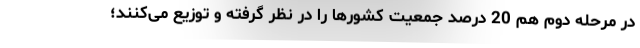
در مرحله دوم هم 20 درصد جمعیت کشورها را در نظر گرفته و توزیع می‌کنند؛